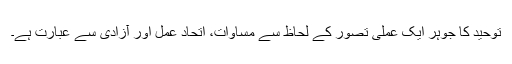
توحید کا جوہر ایک عملی تصور کے لحاظ سے مساوات، اتحاد عمل اور آزادی سے عبارت ہے۔